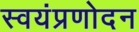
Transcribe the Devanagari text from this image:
स्वयंप्रणोदन